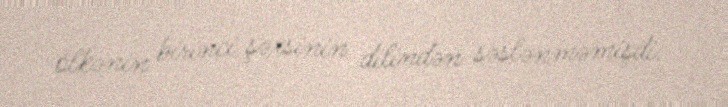
ölkənin birinci şəxsinin dilindən səslənməmişdi.